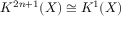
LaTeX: K ^ { 2 n + 1 } ( X ) \cong K ^ { 1 } ( X )